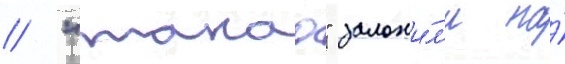
// "такао" заложи́л'и на́